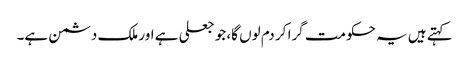
کہتے ہیں یہ حکومت گرا کر دم لوں گا، جو جعلی ہے اور ملک دشمن ہے۔